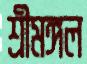
শ্রীমঙ্গল